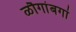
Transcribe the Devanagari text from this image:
ळौगांबगां